Vaccination in Burma 1920-1933 - 1920-1933
Year: 1920
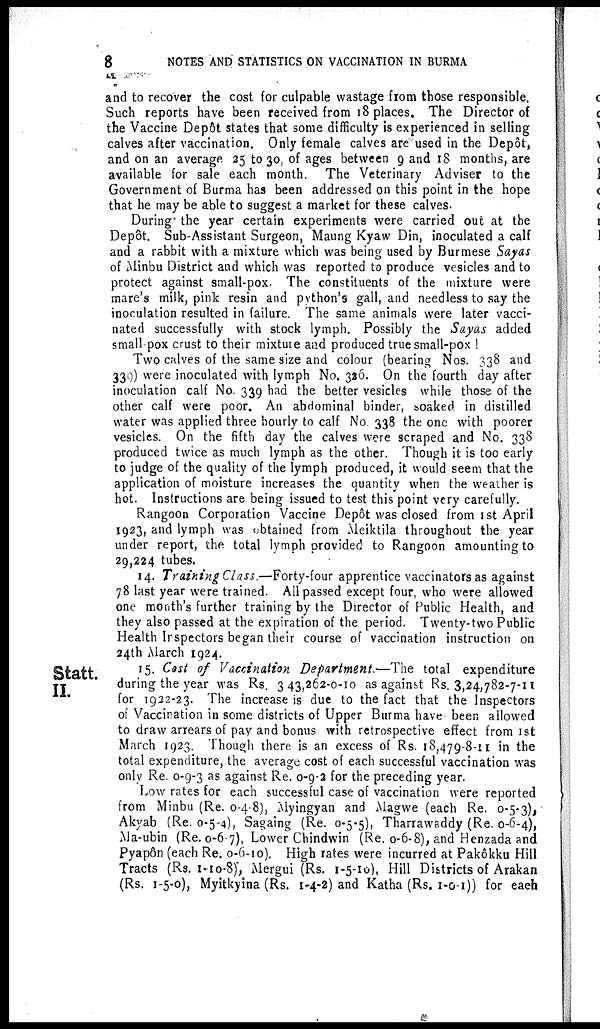
8
NOTES AND STATISTICS ON VACCINATION IN BURMA
and to recover the cost for culpable wastage from those responsible.
Such reports have been received from 18 places. The Director of
the Vaccine Depôt states that some difficulty is experienced in selling
calves after vaccination. Only female calves are used in the Depôt,
and on an average 25 to 30, of ages between 9 and 18 months, are
available for sale each month. The Veterinary Adviser to the
Government of Burma has been addressed on this point in the hope
that he may be able to suggest a market for these calves.
During the year certain experiments were carried out at the
Depôt. Sub-Assistant Surgeon, Maung Kyaw Din, inoculated a calf
and a rabbit with a mixture which was being used by Burmese Sayas
of Minbu District and which was reported to produce vesicles and to
protect against small-pox. The constituents of the mixture were
mare's milk, pink resin and python's gall, and needless to say the
inoculation resulted in failure. The same animals were later vacci-
nated successfully with stock lymph. Possibly the Sayas added
small-pox crust to their mixture and produced true small-pox !
Two calves of the same size and colour (bearing Nos. 338 and
339) were inoculated with lymph No. 326. On the fourth day after
inoculation calf No. 339 had the better vesicles while those of the
other calf were poor. An abdominal binder, soaked in distilled
water was applied three hourly to calf No 338 the one with poorer
vesicles. On the fifth day the calves were scraped and No. 338
produced twice as much lymph as the other. Though it is too early
to judge of the quality of the lymph produced, it would seem that the
application of moisture increases the quantity when the weather is
hot. Instructions are being issued to test this point very carefully.
Rangoon Corporation Vaccine Depôt was closed from 1st April
1923, and lymph was obtained from Meiktila throughout the year
under report, the total lymph provided to Rangoon amounting to
29,224 tubes.
14. Training Class.—Forty-four apprentice vaccinators as against
78 last year were trained. All passed except four, who were allowed
one month's further training by the Director of Public Health, and
they also passed at the expiration of the period. Twenty-two Public
Health Irspectors began their course of vaccination instruction on
24th March 1924.
Statt.
II.
15. Cost of Vaccination Department.—The total expenditure
during the year was Rs. 343,262-0-10 as against Rs. 3,24,782-7-11
for 1922-23. The increase is due to the fact that the Inspectors
of Vaccination in some districts of Upper Burma have been allowed
to draw arrears of pay and bonus with retrospective effect from 1st
March 1923. Though there is an excess of Rs. 18,479-8-11 in the
total expenditure, the average cost of each successful vaccination was
only Re. 0-9-3 as against Re. 0-9-2 for the preceding year.
Low rates for each successful case of vaccination were reported
from Minbu (Re. 0-4-8), Myingyan and Magwe (each Re. 0-5-3),
Akyab (Re. 0-5-4), Sagaing (Re. 0-5-5), Tharrawaddy (Re. 0-6-4),
Ma-ubin (Re. 0-6-7), Lower Chindwin (Re. 0-6-8), and Henzada and
Pyapôn (each Re. 0-6-10). High rates were incurred at Pakôkku Hill
Tracts (Rs. 1-10-8), Mergui (Rs. 1-5-10), Hill Districts of Arakan
(Rs. 1-5-0), Myitkyina (Rs. 1-4-2) and Katha (Rs. 1-0-1)) for eaeh